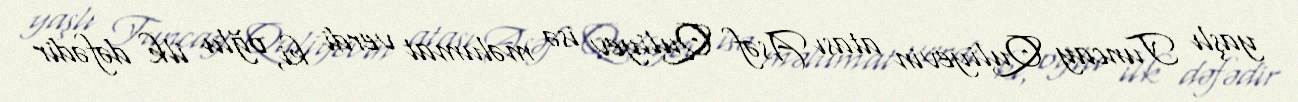
yaşlı Tuncay Quliyevin atası Asəf Quliyev isə məlumat verdi ki, oğlu ilk dəfədir